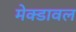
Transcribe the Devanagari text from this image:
मेक्डावल